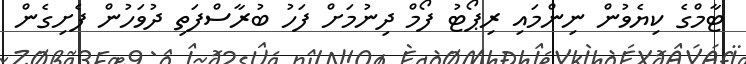
ޓާމްގެ ކިޔެވުން ނިންމައި ރިޕޯޓު ފޯމް ދިނުމަށް ފަހު ބުރާސްފަތި ދުވަހުން ފެށިގެން